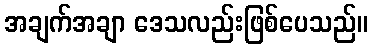
အချက်အချာ ဒေသလည်းဖြစ်ပေသည်။